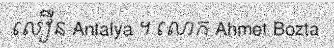
លឿន Antalya ។ លោក Ahmet Bozta